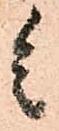
参